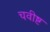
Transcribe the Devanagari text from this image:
चवीष्ट